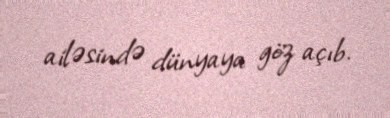
ailəsində dünyaya göz açıb.